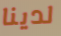
لدينا